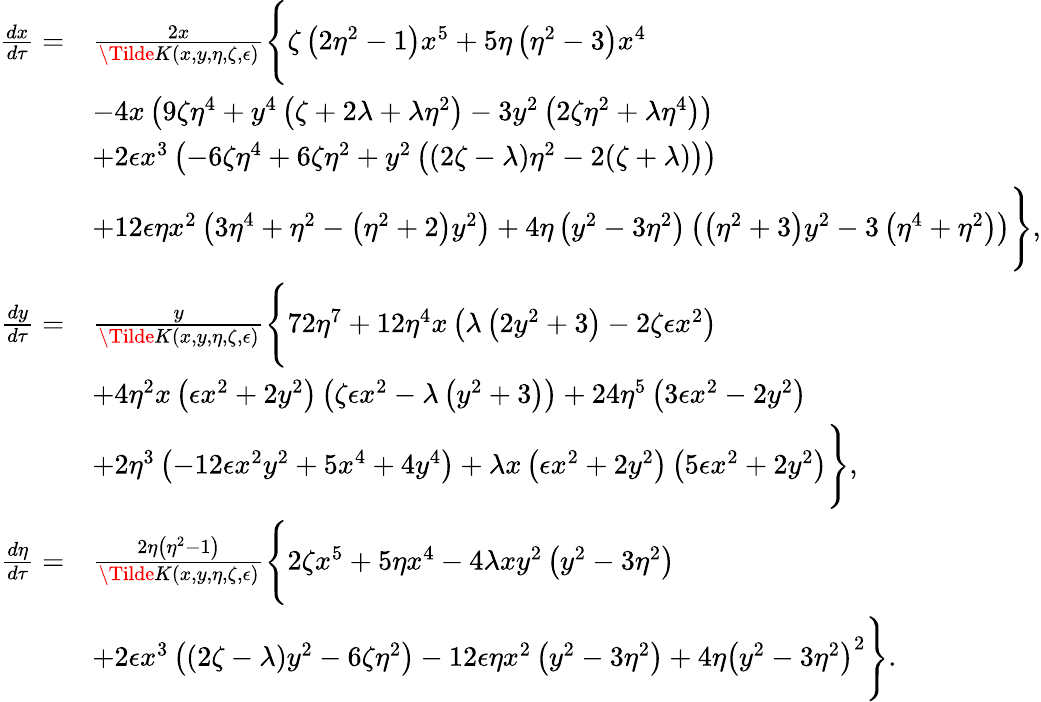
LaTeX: \begin{array}{rl}{\frac{dx}{d\tau}=}&{\frac{2x}{\Tilde{K}(x,y,\eta,\zeta,\epsilon)}\Bigg\{ \zeta\left(2\eta^{2}-1\right)x^{5}+5\eta\left(\eta^{2}-3\right)x^{4}}\\ &{-4x\left(9\zeta\eta^{4}+y^{4}\left(\zeta+2\lambda+\lambda\eta^{2}\right)-3y^{2}\left(2\zeta\eta^{2}+\lambda\eta^{4}\right)\right)}\\ &{+2\epsilon x^{3}\left(-6\zeta\eta^{4}+6\zeta\eta^{2}+y^{2}\left((2\zeta-\lambda)\eta^{2}-2(\zeta+\lambda)\right)\right)}\\ &{+12\epsilon\eta x^{2}\left(3\eta^{4}+\eta^{2}-\left(\eta^{2}+2\right)y^{2}\right)+4\eta\left(y^{2}-3\eta^{2}\right)\left(\left(\eta^{2}+3\right)y^{2}-3\left(\eta^{4}+\eta^{2}\right)\right)\Bigg\} ,}\\ {\frac{dy}{d\tau}=}&{\frac{y}{\Tilde{K}(x,y,\eta,\zeta,\epsilon)}\Bigg\{ 72\eta^{7}+12\eta^{4}x\left(\lambda\left(2y^{2}+3\right)-2\zeta\epsilon x^{2}\right)}\\ &{+4\eta^{2}x\left(\epsilon x^{2}+2y^{2}\right)\left(\zeta\epsilon x^{2}-\lambda\left(y^{2}+3\right)\right)+24\eta^{5}\left(3\epsilon x^{2}-2y^{2}\right)}\\ &{+2\eta^{3}\left(-12\epsilon x^{2}y^{2}+5x^{4}+4y^{4}\right)+\lambda x\left(\epsilon x^{2}+2y^{2}\right)\left(5\epsilon x^{2}+2y^{2}\right)\Bigg\} ,}\\ {\frac{d\eta}{d\tau}=}&{\frac{2\eta\left(\eta^{2}-1\right)}{\Tilde{K}(x,y,\eta,\zeta,\epsilon)}\Bigg\{ 2\zeta x^{5}+5\eta x^{4}-4\lambda xy^{2}\left(y^{2}-3\eta^{2}\right)}\\ &{+2\epsilon x^{3}\left((2\zeta-\lambda)y^{2}-6\zeta\eta^{2}\right)-12\epsilon\eta x^{2}\left(y^{2}-3\eta^{2}\right)+4\eta\left(y^{2}-3\eta^{2}\right)^{2}\Bigg\} .}\end{array}